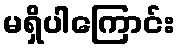
မရှိပါကြောင်း